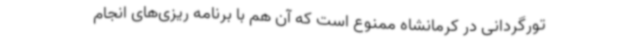
تورگردانی در کرمانشاه ممنوع است که آن هم با برنامه ریزی‌های انجام